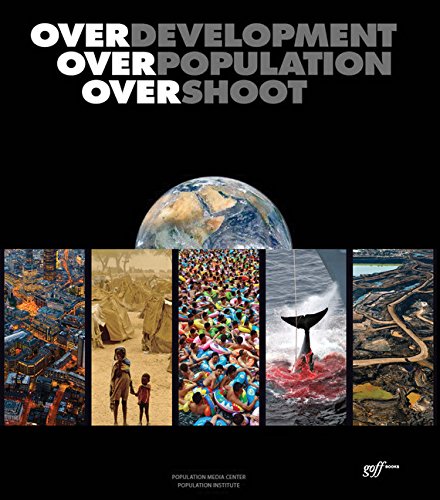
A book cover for Overdevelopment, Overpopulation, Overshoot; Engineering & Transportation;